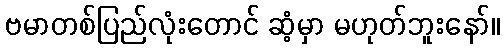
ဗမာတစ်ပြည်လုံးတောင် ဆံ့မှာ မဟုတ်ဘူးနော်။